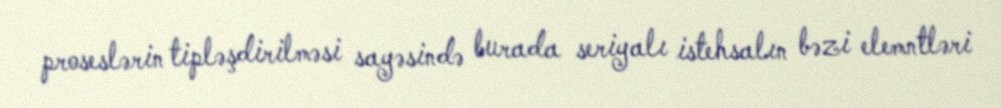
proseslərin tipləşdirilməsi sayəsində burada seriyalı istehsalın bəzi elemntləri